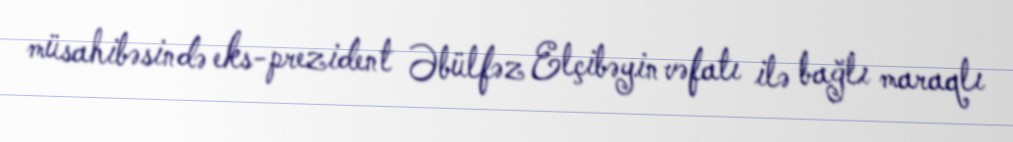
müsahibəsində eks-prezident Əbülfəz Elçibəyin vəfatı ilə bağlı maraqlı